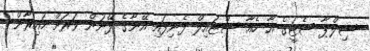
ޝިލްޕާ ޝެޓީގެ އާ ހެއާ ސްޓައިލް ފެނިފައި އޭނާގެ ފޭނުން ވަރަށް ހައިރާން